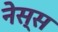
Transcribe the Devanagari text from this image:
नेस्स